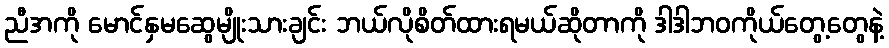
ညီအကို မောင်နှမဆွေမျိုးသားချင်း ဘယ်လိုစိတ်ထားရမယ်ဆိုတာကို ဒါဒါဘဝကိုယ်တွေ့တွေနဲ့